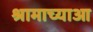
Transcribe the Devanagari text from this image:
श्रामाच्याआ